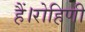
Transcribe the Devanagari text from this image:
हैं।रोहिणी